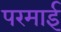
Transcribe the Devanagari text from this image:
परमाई